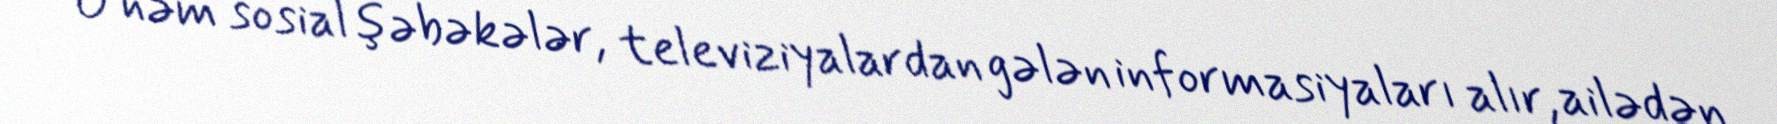
O həm sosial şəbəkələr, televiziyalardan gələn informasiyaları alır, ailədən